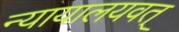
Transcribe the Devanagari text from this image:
न्यायालयवत्